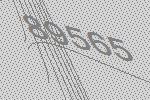
89565